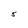
Character: 5